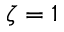
\zeta = 1